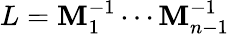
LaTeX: L=\mathbf{M}_{1}^{-1}\cdots\mathbf{M}_{n-1}^{-1}